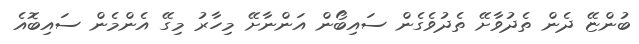
ބުންޏޭ ދެން ތެދުވާށޭ ތެދުވެގެން ސައިބޯން އަންނާށޭ މިހާރު މިގޭ އެންމެން ސައިބޮއެ